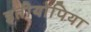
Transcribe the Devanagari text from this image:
इतीयोपिया